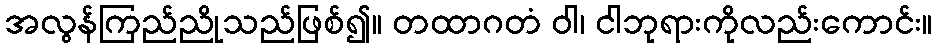
အလွန်ကြည်ညိုသည်ဖြစ်၍။ တထာဂတံ ဝါ၊ ငါဘုရားကိုလည်းကောင်း။